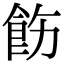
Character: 飭